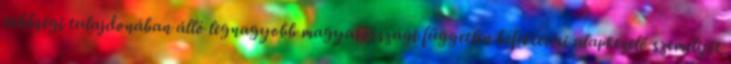
többségi tulajdonában álló legnagyobb magyarországi független befektetési alapkezelő személyre